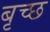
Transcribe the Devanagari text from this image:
बृच्‍छ